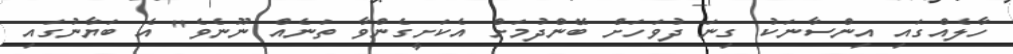
ހާލެއްގައި އިންސާނަކު ގިނަ ދުވަހަށް ބޭންދުމަށް އެކަށީގެންވާ ތަނެއް ނޫނެވެ" އެ ބަޔާނުގައި